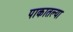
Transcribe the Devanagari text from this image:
पाकातल्या